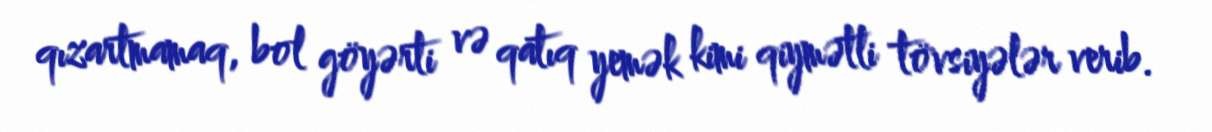
qızartmamaq, bol göyərti və qatıq yemək kimi qiymətli tövsiyələr verib.